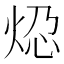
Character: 𬊆